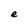
Character: e